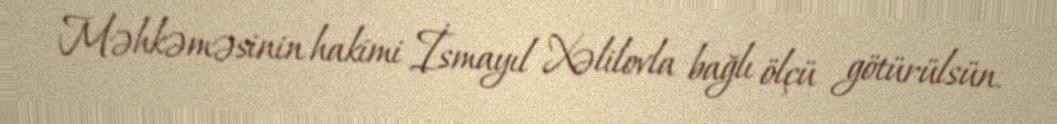
Məhkəməsinin hakimi İsmayıl Xəlilovla bağlı ölçü götürülsün.